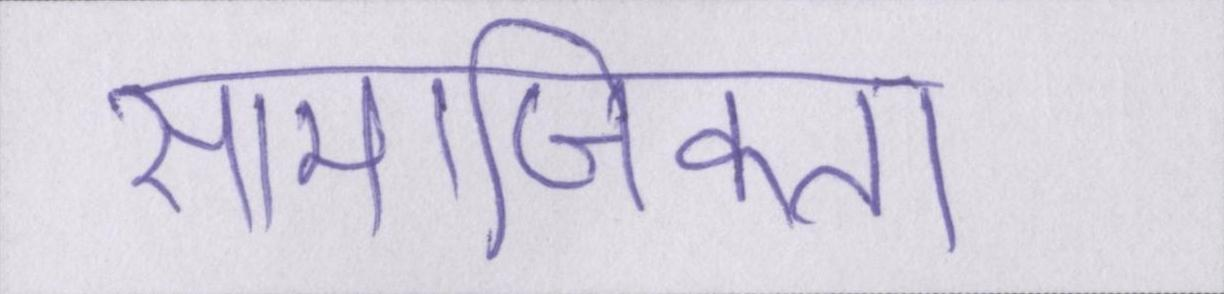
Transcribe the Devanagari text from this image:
सामाजिकता